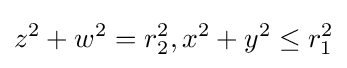
z^{2}+w^{2}=r_{2}^{2},x^{2}+y^{2}\leq r_{1}^{2}